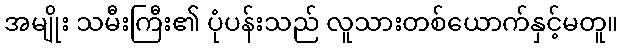
အမျိုး သမီးကြီး၏ ပုံပန်းသည် လူသားတစ်ယောက်နှင့်မတူ။